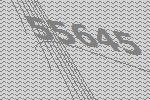
55645